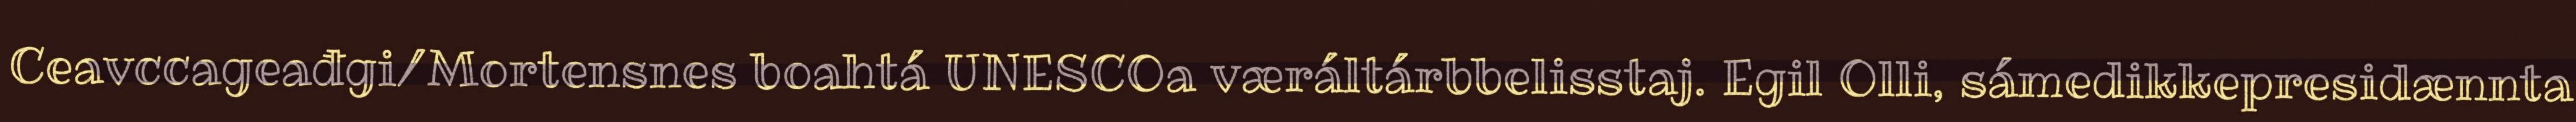
Ceavccageađgi/Mortensnes boahtá UNESCOa væráltárbbelisstaj. Egil Olli, sámedikkepresidænnta